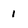
Character: 1